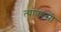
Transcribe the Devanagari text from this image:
त्याकामी